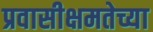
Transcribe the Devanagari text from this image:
प्रवासीक्षमतेच्या